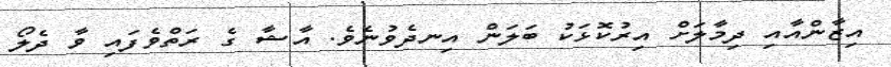
އިޒާންއާއި ދިމާލަށް އިރުކޮޅަކު ބަލަން އިނދެވުނެވެ. އާޝާ ގެ ރަތްވެފައި ވާ ދެލޯ